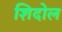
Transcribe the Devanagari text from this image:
शिदोल